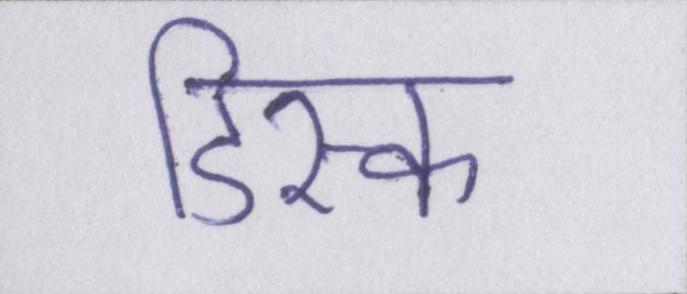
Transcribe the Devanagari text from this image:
डिस्क